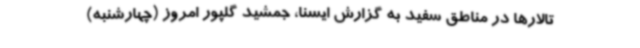
تالارها در مناطق سفید به گزارش ایسنا، جمشید گلپور امروز (چهارشنبه)